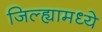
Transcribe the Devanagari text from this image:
जिल्‍ह्यामध्ये